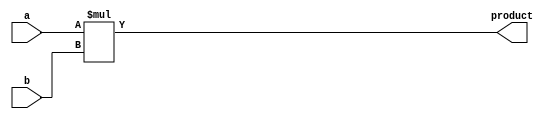
module Multiplier (
    input wire [31:0] a,
    input wire [31:0] b,
    output reg [63:0] product
);
  
always @* begin
    product = a * b;
end

endmodule